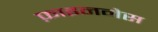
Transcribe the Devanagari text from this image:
फ़ाइननेस